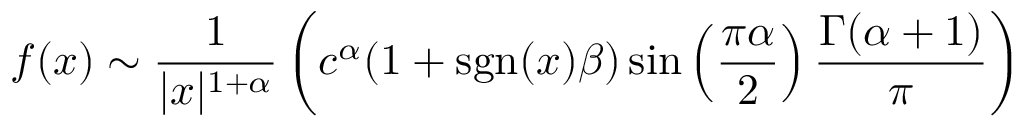
f ( x ) \sim { \frac { 1 } { | x | ^ { 1 + \alpha } } } \left( c ^ { \alpha } ( 1 + \operatorname { s g n } ( x ) \beta ) \sin \left( { \frac { \pi \alpha } { 2 } } \right) { \frac { \Gamma ( \alpha + 1 ) } { \pi } } \right)